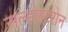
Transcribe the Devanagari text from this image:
अल्डोस्टरोन